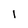
Character: 1